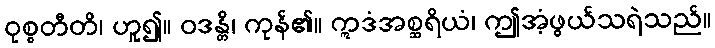
ဝုစ္စတီတိ၊ ဟူ၍။ ဝဒန္တိ၊ ကုန်၏။ ဣဒံအစ္ဆရိယံ၊ ဤအံ့ဖွယ်သရဲသည်။